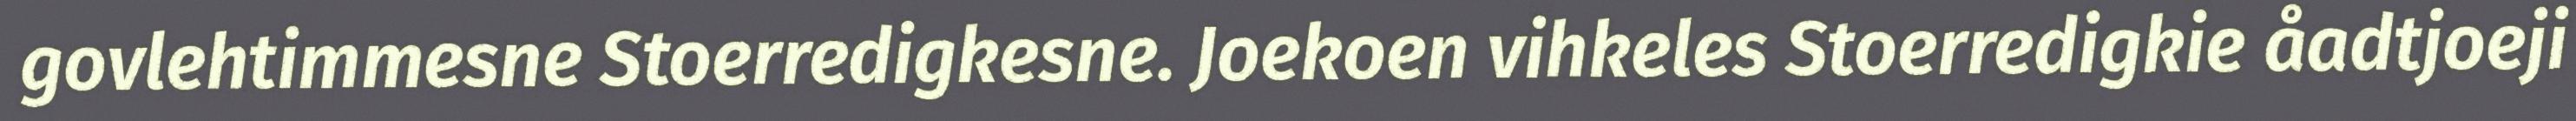
govlehtimmesne Stoerredigkesne. Joekoen vihkeles Stoerredigkie åadtjoeji